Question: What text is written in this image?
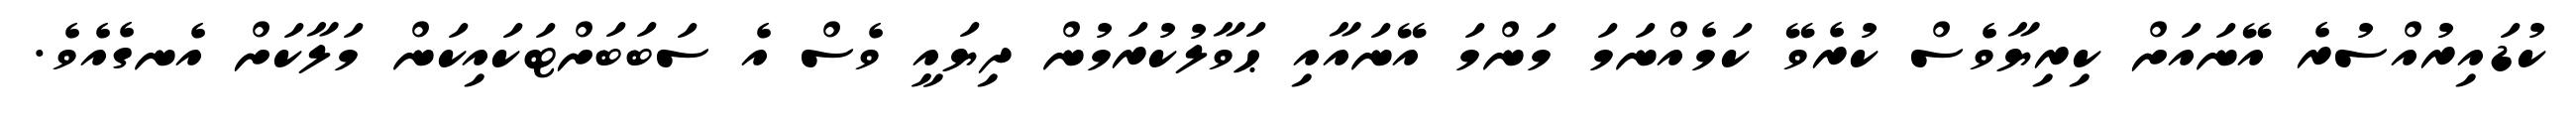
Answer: ކުޑައިރުއްސުރެ އޭނައަށް ކިރިޔާވެސް ކުރެވޭ ކަމެއްނަމަ މަންމަ އޭނައާއި ޙަވާލުކުރަމުން ދިޔައީ ވެސް އެ ސަބަބަށްޓަކައިކަން މަލާކަށް އެނގެއެވެ.